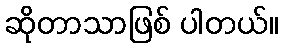
ဆိုတာသာဖြစ် ပါတယ်။